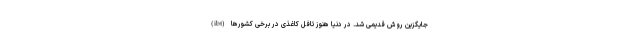
(ibt) جایگزین روش قدیمی شد. در دنیا هنوز تافل کاغذی در برخی کشورها